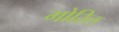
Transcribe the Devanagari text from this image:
गोरिल